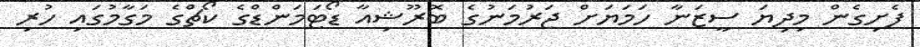
ފެށިގެން މިދިޔަ ސީޒަނާ ހަމަޔަށް ޖަރުމަނުގެ ބޮރޫޝިއާ ޑޯޓަމަންޑްގެ ކޯޗްގެ މަގާމުގައި ހުރި